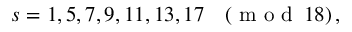
s = 1 , 5 , 7 , 9 , 1 1 , 1 3 , 1 7 \quad ( \textrm { m o d } \, 1 8 ) \, ,